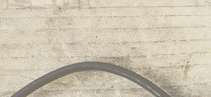
متجر الإلكترونيات الحديثة